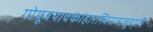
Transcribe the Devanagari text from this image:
गोमूत्रयावकाहारस्त्रिरात्राच्छुद्धिं